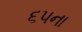
૬૫ના